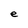
Character: e